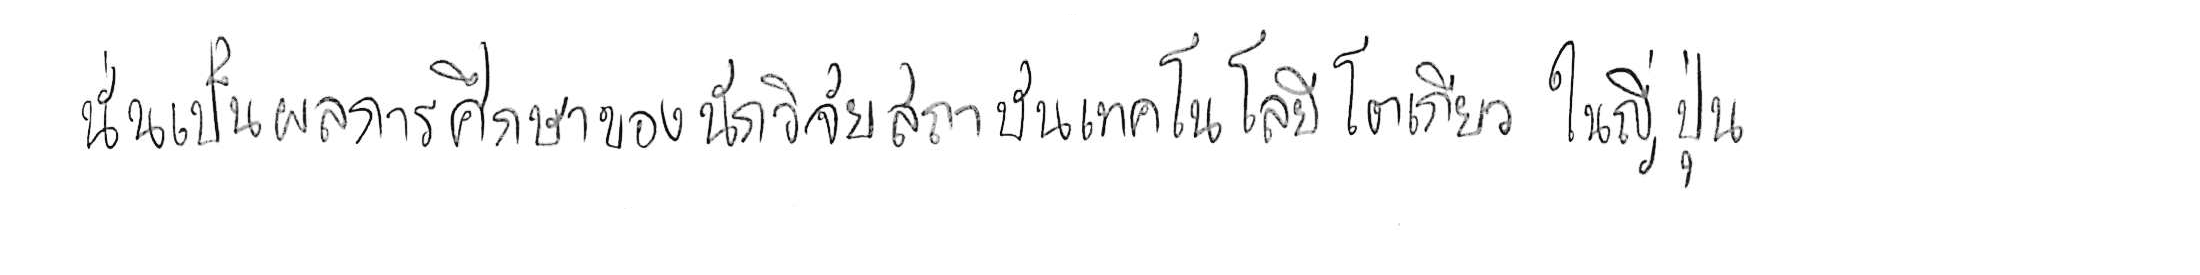
นั่นเป็นผลการศึกษาของนักวิจัยสถาบันเทคโนโลยีโตเกียว ในญี่ปุ่น